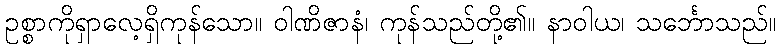
ဥစ္စာကိုရှာလေ့ရှိကုန်သော။ ဝါဏိဇာနံ၊ ကုန်သည်တို့၏။ နာဝါယ၊ သင်္ဘောသည်။